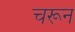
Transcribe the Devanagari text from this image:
चरून